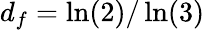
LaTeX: d_{f}=\ln(2)/\ln(3)